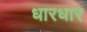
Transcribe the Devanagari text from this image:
धारधार